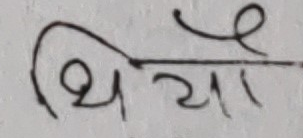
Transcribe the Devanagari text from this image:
थियो